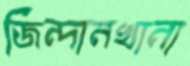
জিন্দানখানা